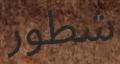
شطور